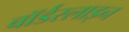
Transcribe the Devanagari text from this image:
बॉर्डरलाइन